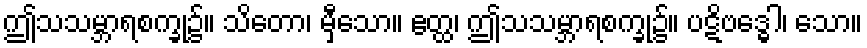
ဤသသမ္ဘာရစက္ခု၌။ သိတော၊ မှီသော။ ဧတ္ထ၊ ဤသသမ္ဘာရစက္ခု၌။ ပဋိဗဒ္ဓေါ၊ သော။